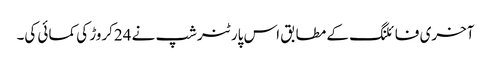
آخری فائلنگ کے مطابق اس پارٹنرشپ نے 24کروڑ کی کمائی کی۔